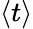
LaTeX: \left\langle t\right\rangle